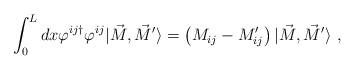
LaTeX: \begin{align*}\int_{0}^{L} dx \varphi^{ij\dagger} \varphi^{ij} |\vec{M},\vec{M}^{\prime} \rangle =\left( M_{ij} - M_{ij}' \right) | \vec{M},\vec{M}^{\prime} \rangle \ ,\end{align*}